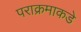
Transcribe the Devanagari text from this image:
पराक्रमाकडे